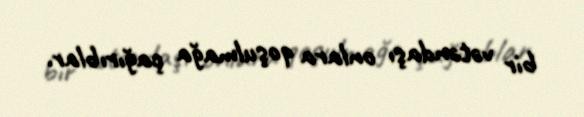
bir vətəndaşı onlara qoşulmağa çağırıblar.